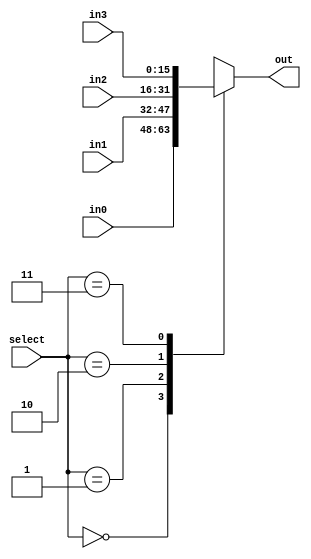
module mux2(out, select, in0, in1, in2, in3);

	parameter WORD_SIZE = 16;
	
	output reg [WORD_SIZE-1:0] out;
	input [WORD_SIZE-1:0] in0, in1, in2, in3;
	input [1:0] select;
	
	always@* begin
		case(select)
			2'b00: out = in0;
			2'b01: out = in1;
			2'b10: out = in2;
			2'b11: out = in3;
		endcase
	end
endmodule